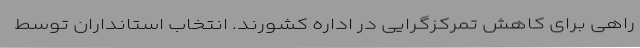
راهی برای کاهش تمرکزگرایی در اداره کشورند. انتخاب استانداران توسط